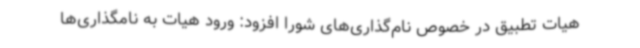
هیات تطبیق در خصوص نام‌گذاری‌های شورا افزود: ورود هیات به نامگذاری‌ها